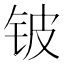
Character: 铍